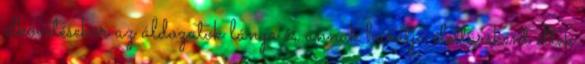
elkövetésekor az áldozatok lánya és annak barátja élettársként éltek